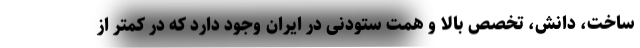
ساخت، دانش، تخصص بالا و همت ستودنی در ایران وجود دارد که در کمتر از